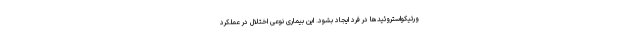
ورتیکواستروئید‌ها در فرد ایجاد بشود. این بیماری نوعی اختلال در عملکرد